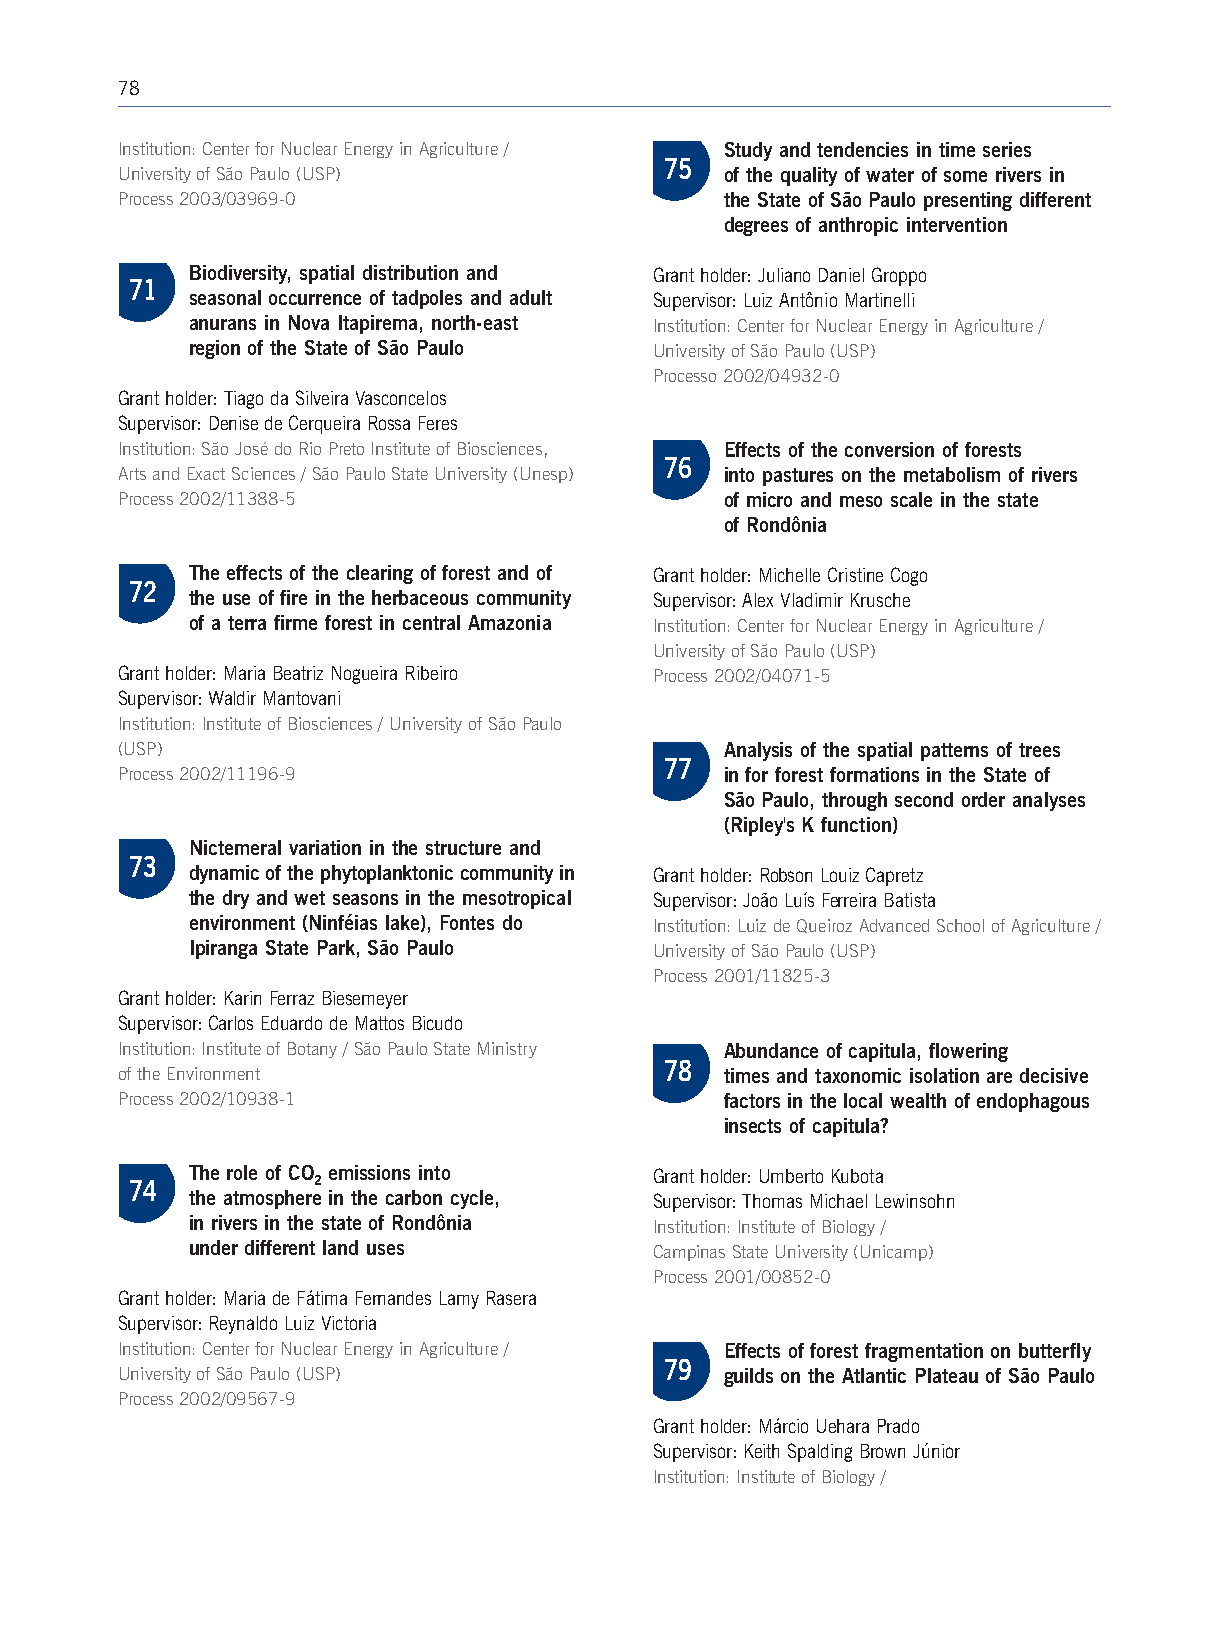
78
 Institution: Center for Nuclear Energy in Agriculture / Study and tendencies in time series
 75
 University of São Paulo (USP)           of the quality of water of some rivers in
 Process 2003/03969-0                    the State of São Paulo presenting different
 degrees of anthropic intervention
 Biodiversity, spatial distribution and Grant holder: Juliano Daniel Groppo
 71
 seasonal occurrence of tadpoles and adult Supervisor: Luiz Antônio Martinelli
 anurans in Nova Itapirema, north-east Institution: Center for Nuclear Energy in Agriculture /
 region of the State of São Paulo University of São Paulo (USP)
 Processo 2002/04932-0
 Grant holder: Tiago da Silveira Vasconcelos
 Supervisor: Denise de Cerqueira Rossa Feres
 Institution: São José do Rio Preto Institute of Biosciences, Effects of the conversion of forests
 76
 Arts and Exact Sciences / São Paulo State University (Unesp) into pastures on the metabolism of rivers
 Process 2002/11388-5                    of micro and meso scale in the state
 of Rondônia
 The effects of the clearing of forest and of Grant holder: Michelle Cristine Cogo
 72
 the use of fire in the herbaceous community Supervisor: Alex Vladimir Krusche
 of a terra firme forest in central Amazonia Institution: Center for Nuclear Energy in Agriculture /
 University of São Paulo (USP)
 Grant holder: Maria Beatriz Nogueira Ribeiro Process 2002/04071-5
 Supervisor:Waldir Mantovani
 Institution:Institute of Biosciences / University of São Paulo
 (USP)                                   Analysis of the spatial patterns of trees
 77
 Process 2002/11196-9                    in for forest formations in the State of
 São Paulo, through second order analyses
 (Ripley's K function)
 Nictemeral variation in the structure and
 73
 dynamic of the phytoplanktonic community in Grant holder:Robson Louiz Capretz
 the dry and wet seasons in the mesotropical Supervisor:João Luís Ferreira Batista
 environment (Ninféias lake), Fontes do Institution:Luiz de Queiroz Advanced School of Agriculture /
 Ipiranga State Park, São Paulo University of São Paulo (USP)
 Process 2001/11825-3
 Grant holder: Karin Ferraz Biesemeyer
 Supervisor:Carlos Eduardo de Mattos Bicudo
 Institution: Institute of Botany / São Paulo State Ministry Abundance of capitula, flowering
 78
 of the Environment                      times and taxonomic isolation are decisive
 Process 2002/10938-1                    factors in the local wealth of endophagous
 insects of capitula?
 The role of CO emissions into Grant holder: Umberto Kubota
 74          2
 the atmosphere in the carbon cycle, Supervisor: Thomas Michael Lewinsohn
 in rivers in the state of Rondônia Institution:Institute of Biology /
 under different land uses     Campinas State University (Unicamp)
 Process 2001/00852-0
 Grant holder: Maria de Fátima Fernandes Lamy Rasera
 Supervisor:Reynaldo Luiz Victoria
 Institution: Center for Nuclear Energy in Agriculture / Effects of forest fragmentation on butterfly
 79
 University of São Paulo (USP)           guilds on the Atlantic Plateau of São Paulo
 Process 2002/09567-9
 Grant holder: Márcio Uehara Prado
 Supervisor:Keith Spalding Brown Júnior
 Institution: Institute of Biology /